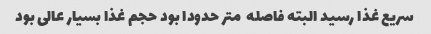
سریع غذا رسید البته فاصله  متر حدودا بود حجم غذا بسیار عالی بود